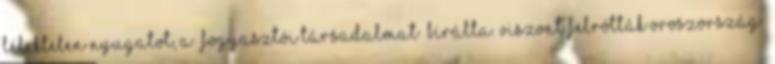
lélektelen nyugatot, a „fogyasztói társadalmat” bírálta. Viszont felrótták Oroszország”